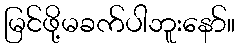
မြင်ဖို့မခက်ပါဘူးနော်။